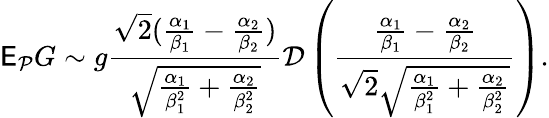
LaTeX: \mathsf E_{\mathcal P}G\sim g\frac{\sqrt 2(\frac{\alpha_{1}}{\beta_{1}}-\frac{\alpha_{2}}{\beta_{2}})}{\sqrt{\frac{\alpha_{1}}{\beta_{1}^{2}}+\frac{\alpha_{2}}{\beta_{2}^{2}}}}\mathcal D\left(\frac{\frac{\alpha_{1}}{\beta_{1}}-\frac{\alpha_{2}}{\beta_{2}}}{\sqrt 2\sqrt{\frac{\alpha_{1}}{\beta_{1}^{2}}+\frac{\alpha_{2}}{\beta_{2}^{2}}}}\right).